Indian journal of veterinary science and animal husbandry - Volume 11,
Year: 1941
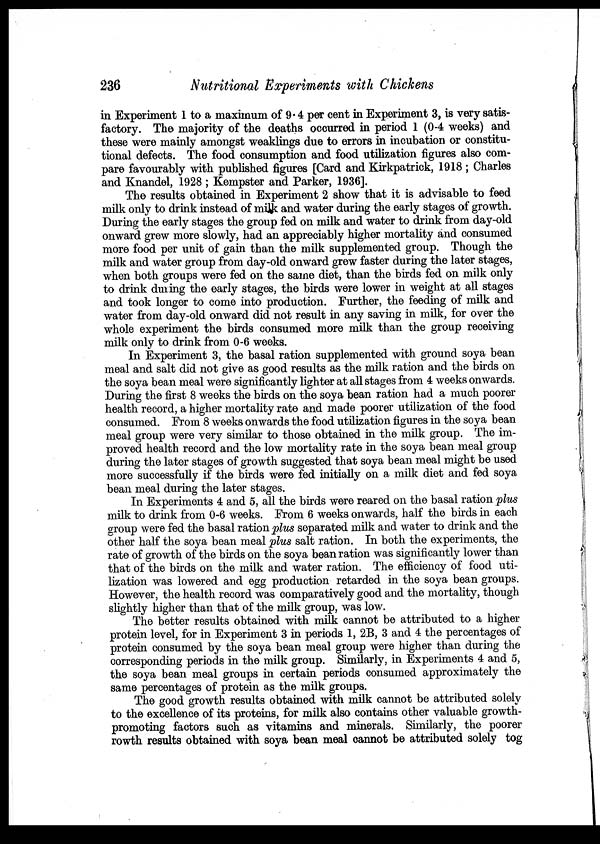
236
Nutritional Experiments with Chickens
in Experiment 1 to a maximum of 9. 4 per cent in Experiment 3, is very satis-
factory. The majority of the deaths occurred in period 1 (0-4 weeks) and
these were mainly amongst weaklings due to errors in incubation or constitu-
tional defects. The food consumption and food utilization figures also com-
pare favourably with published figures [Card and Kirkpatrick, 1918 ; Charles
and Knandel, 1928 ; Kempster and Parker, 1936].
The results obtained in Experiment 2 show that it is advisable to feed
milk only to drink instead of milk and water during the early stages of growth.
During the early stages the group fed on milk and water to drink from day-old
onward grew more slowly, had an appreciably higher mortality and consumed
more food per unit of gain than the milk supplemented group. Though the
milk and water group from day-old onward grew faster during the later stages,
when both groups were fed on the same diet, than the birds fed on milk only
to drink during the early stages, the birds were lower in weight at all stages
and took longer to come into production. Further, the feeding of milk and
water from day-old onward did not result in any saving in milk, for over the
whole experiment the birds consumed more milk than the group receiving
milk only to drink from 0-6 weeks.
In Experiment 3, the basal ration supplemented with ground soya bean
meal and salt did not give as good results as the milk ration and the birds on
the soya bean meal were significantly lighter at all stages from 4 weeks onwards.
During the first 8 weeks the birds on the soya bean ration had a much poorer
health record, a higher mortality rate and made poorer utilization of the food
consumed. From 8 weeks onwards the food utilization figures in the soya bean
meal group were very similar to those obtained in the milk group. The im-
proved health record and the low mortality rate in the soya bean meal group
during the later stages of growth suggested that soya bean meal might be used
more successfully if the birds were fed initially on a milk diet and fed soya
bean meal during the later stages.
In Experiments 4 and 5, all the birds were reared on the basal ration plus
milk to drink from 0-6 weeks. From 6 weeks onwards, half the birds in each
group were fed the basal ration plus separated milk and water to drink and the
other half the soya bean meal plus salt ration. In both the experiments, the
rate of growth of the birds on the soya bean ration was significantly lower than
that of the birds on the milk and water ration. The efficiency of food uti-
lization was lowered and egg production retarded in the soya bean groups.
However, the health record was comparatively good and the mortality, though
slightly higher than that of the milk group, was low.
The better results obtained with milk cannot be attributed to a higher
protein level, for in Experiment 3 in periods 1, 2B, 3 and 4 the percentages of
protein consumed by the soya bean meal group were higher than during the
corresponding periods in the milk group. Similarly, in Experiments 4 and 5,
the soya bean meal groups in certain periods consumed approximately the
same percentages of protein as the milk groups.
The good growth results obtained with milk cannot be attributed solely
to the excellence of its proteins, for milk also contains other valuable growth-
promoting factors such as vitamins and minerals. Similarly, the poorer
rowth results obtained with soya bean meal cannot be attributed solely tog